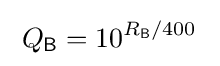
\;Q_{\mathsf {B}}=10^{R_{\mathsf {B}}/400}~